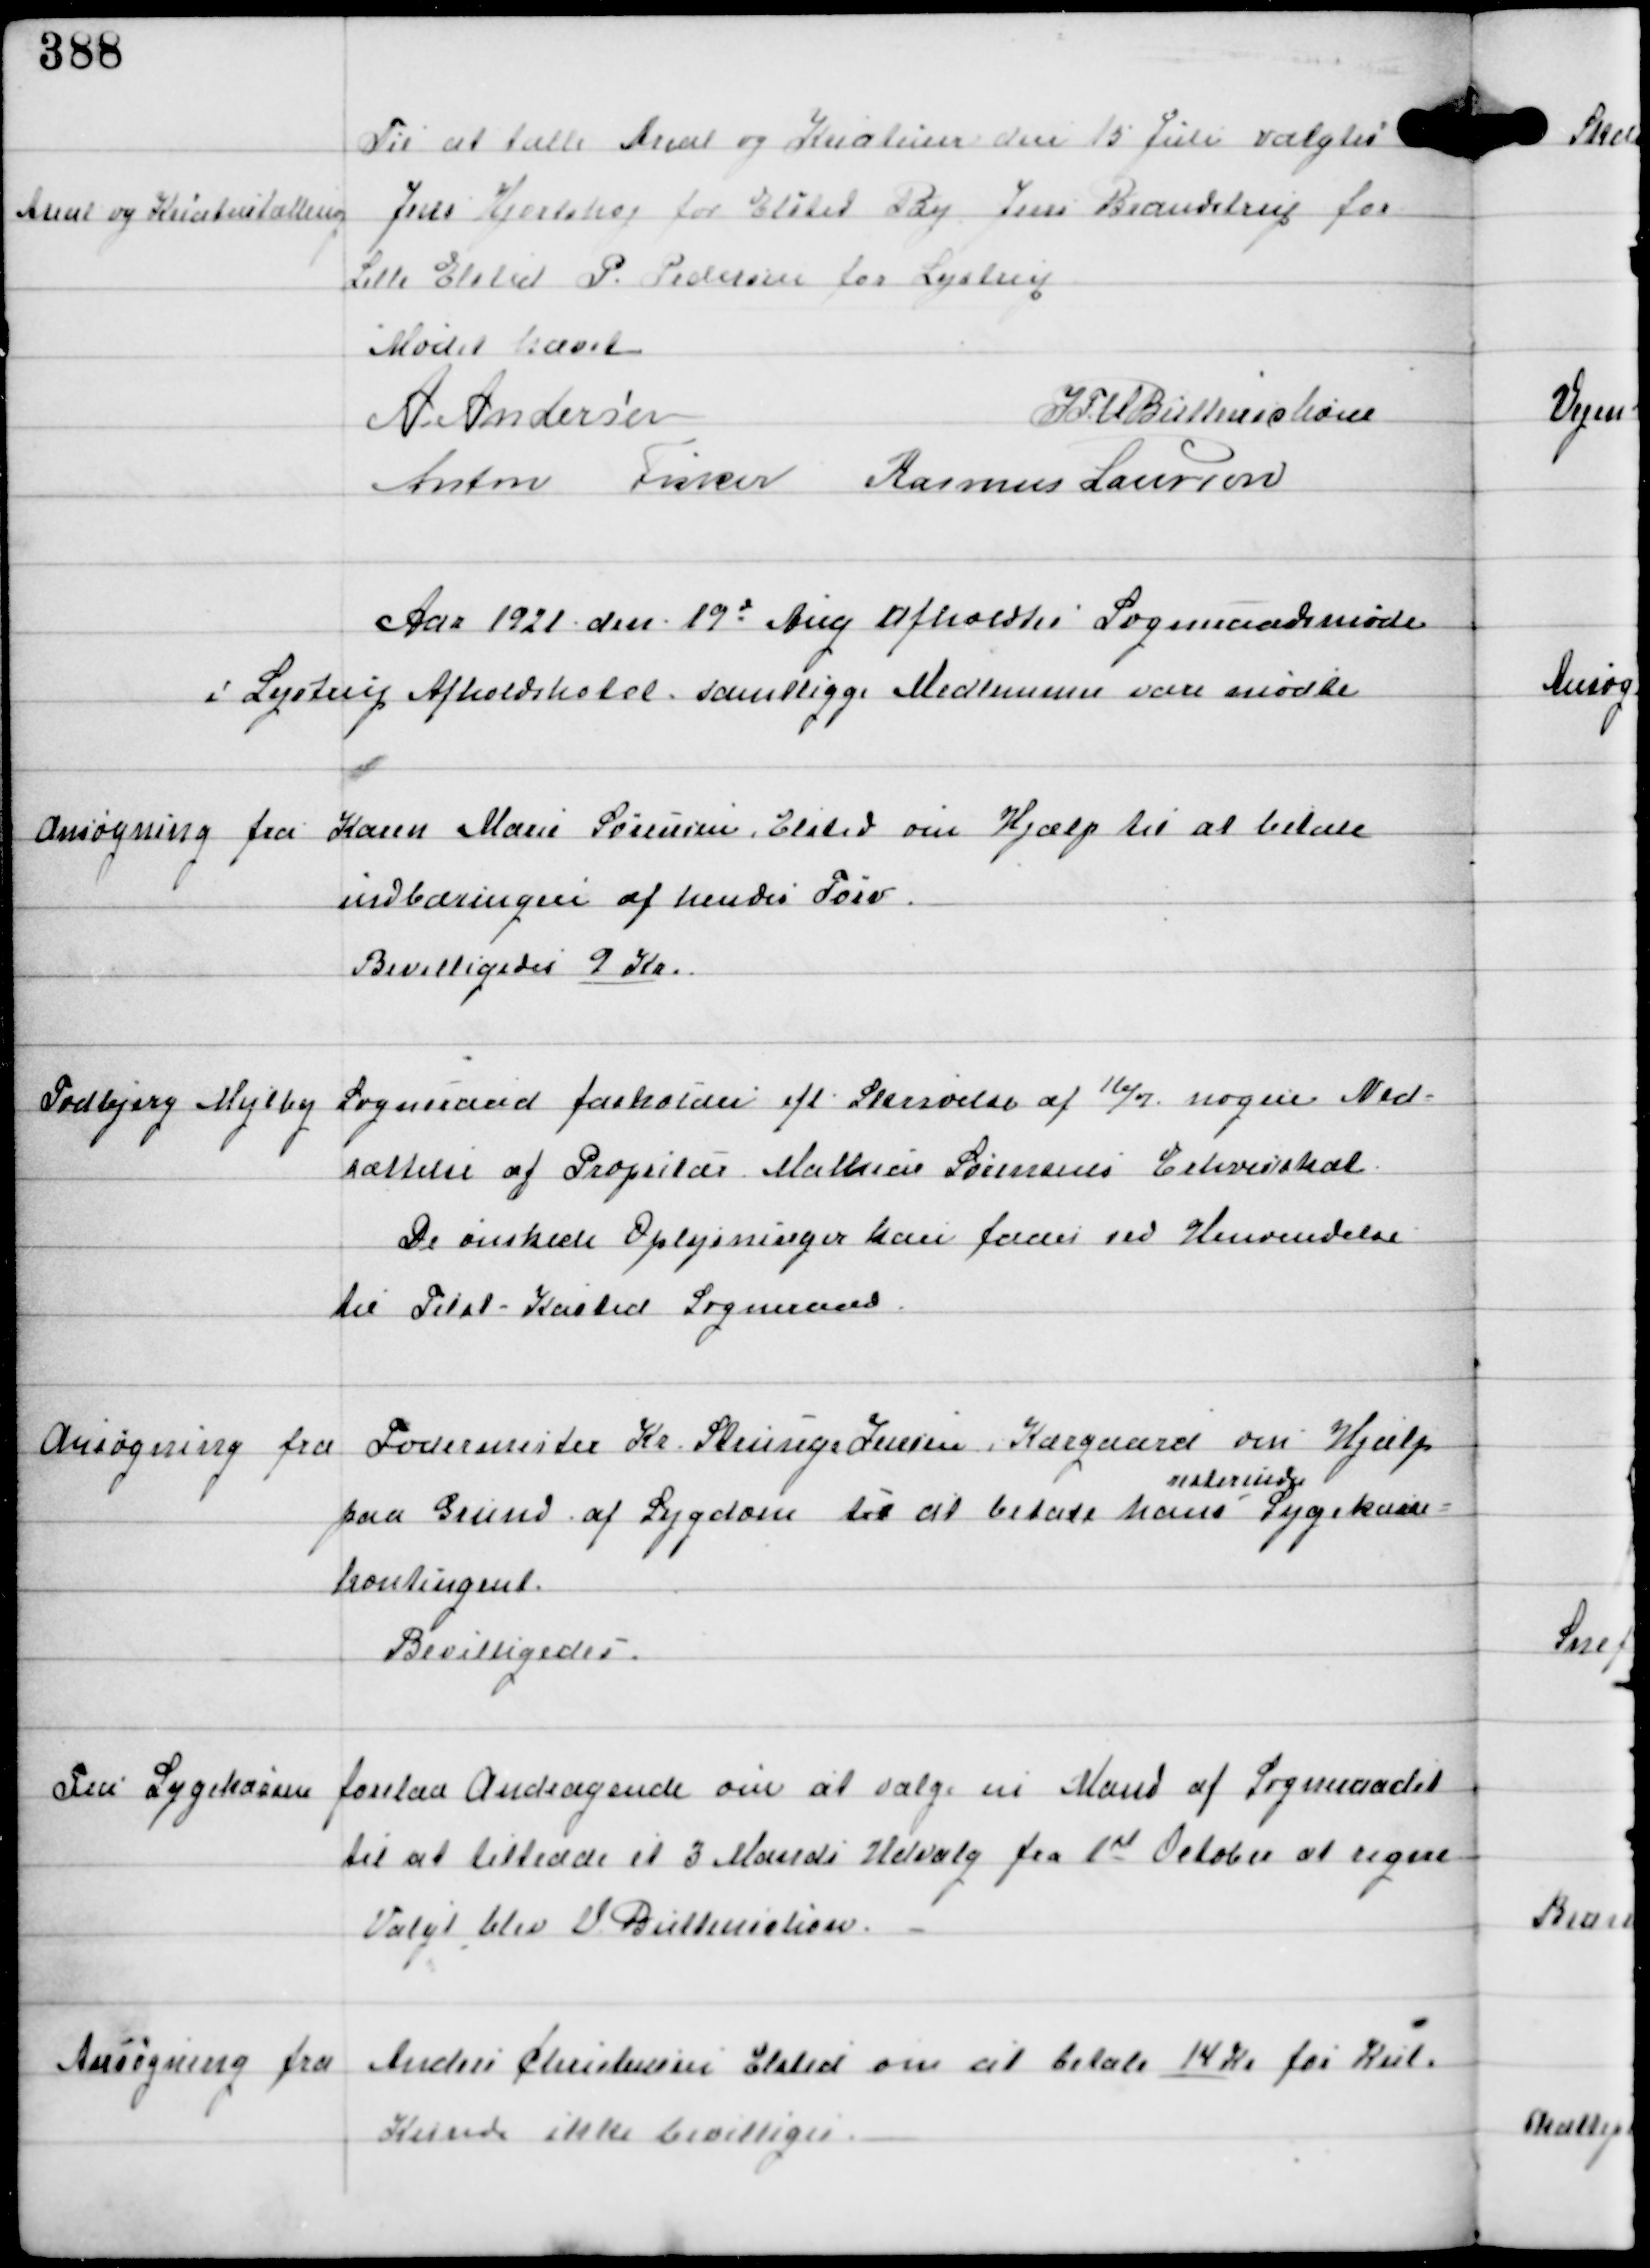
Transskription:
Areal og Kreaturtælling

Til at tælle Areal og Kreaturer den 15 Juli valgtes
Jens Hjortshøj for Elsted By Jens Brandstrup for
Lille Elsted P. Pedersen for Lystrup

Mødet hævet
A Andersen
IFV Buttenschøn
Anton Fisker Rasmus Laursen

Aar 1921 den 19d Aug Afholdtes Sogneraadsmøde
i Lystrup Afholdshotel, samtlige Medlemmer vare mødte

Ansøgning fra Karen Marie Sørensen Elsted om Hjælp til at betale
indbæringen af hendes Tørv.
Bevilligedes 9 Kr

Todbjerg-Mejlby Sogneraad forholder ifl Skrivelse af 16/7 nogen Ned-
sættelse af Propritær Mathias Sørensens Erhvervsskat
De ønskede Oplysninger kan faas ved Henvendelse
til Tilst-Kasted Sogneraad.

Ansøgning fra Fodermester Kr. Strunge Jensen Kærgaard om Hjælp
paa Grund af Sygdom til at betale hans
resterende
Sygekasse
kontingent.
Bevilligedes.

Fra Sygekassen forelaa Andragende om at vælge en Mand af Sogneraadet
til at tiltræde et 3 Mands Udvalg fra 1st October at regne
Valgt blev V Buttenschøn.

Ansøgning fra Anders Christensen Elsted om at betale 14 Kr for Kul
Kunde ikke bevilliges.